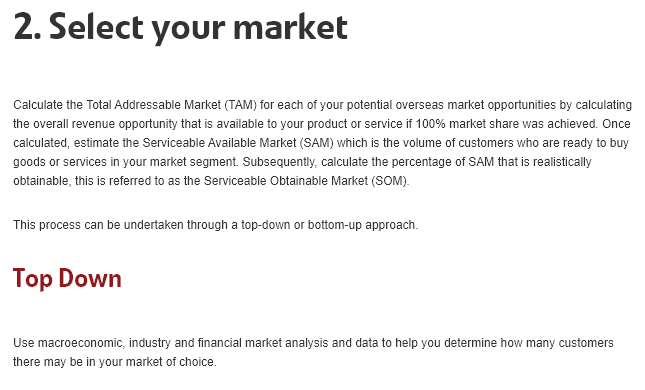
2.    Select    your    market
   Calculate the Total Addressable Market (TAM) for each of your potential overseas market opportunities by calculating
   the overall revenue opportunity that is available to your product or service if 100% market share was achieved. Once
   calculated, estimate the Serviceable Available Market (SAM) which is the volume of customers who are ready to buy
   goods or services in your market segment. Subsequently, calculate the percentage of SAM that is realistically
   obtainable, this is referred to as the Serviceable Obtalnable Market (SOM).
   This process can be undertaken through a top-down or bottom-up approach.
   Use macroeconomic, industry and financial market analysis and data to help you determine how many customers
   there may be in your market of choice.
   Top    Down